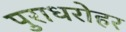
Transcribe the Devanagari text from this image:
पुराधरोहर